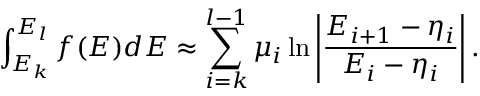
\int _ { E _ { k } } ^ { E _ { l } } f ( E ) d E \approx \sum _ { i = k } ^ { l - 1 } \mu _ { i } \ln \left| \frac { E _ { i + 1 } - \eta _ { i } } { E _ { i } - \eta _ { i } } \right| .